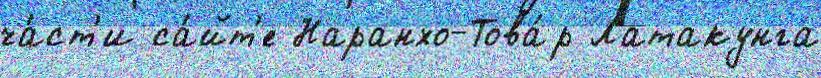
ча́ст'и са́йт'е Наранхо-Това́р Латакунга